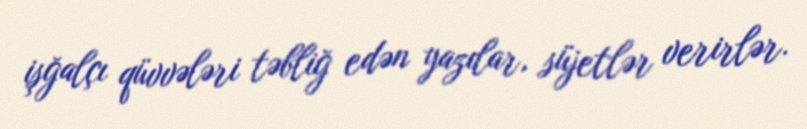
işğalçı qüvvələri təbliğ edən yazılar, süjetlər verirlər.